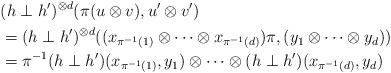
LaTeX: \begin{align*} & (h\perp h')^{\otimes d}(\pi(u\otimes v),u'\otimes v') \\ &= (h\perp h')^{\otimes d}((x_{\pi^{-1}(1)}\otimes \cdots \otimes x_{\pi^{-1}(d)})\pi, (y_1\otimes \cdots \otimes y_d)) \\ &= \pi^{-1} (h\perp h')(x_{\pi^{-1}(1)}, y_1)\otimes \cdots \otimes (h\perp h')(x_{\pi^{-1}(d)},y_d) \end{align*}